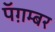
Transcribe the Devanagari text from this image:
पॅग़म्बर